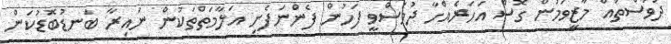
ދުވަސްތައް މާޒީވަމުން ގޮސް އަހަރެއްހާ ދުވަސްވީ ފަހުން ފެންނަފެށި އަލާމަތްތަކުން ނައިރާ ބަނޑުބޮޑުކަން